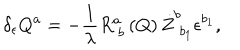
\delta _ { \epsilon } Q ^ { a } = - \frac 1 \lambda R _ { \; b } ^ { a } \left( Q \right) \dot { Z } _ { \; b _ { 1 } } ^ { b } \epsilon ^ { b _ { 1 } } ,